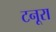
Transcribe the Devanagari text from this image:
टनूरा